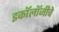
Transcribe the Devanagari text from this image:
इकॉलॉजीचे